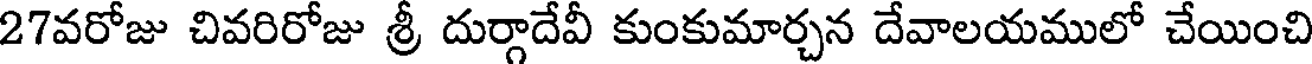
27వరోజు చివరిరోజు శ్రీ దుర్గాదేవీ కుంకుమార్చన దేవాలయములో చేయించి